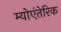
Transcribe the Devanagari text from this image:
म्योएंतेरिक